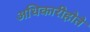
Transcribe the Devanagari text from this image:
अधिकारीहोते